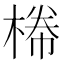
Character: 𣕂